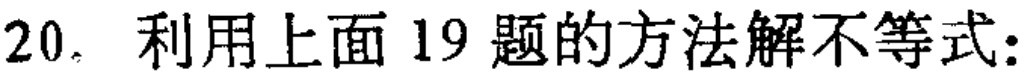
20. 利用上面19题的方法解不等式: